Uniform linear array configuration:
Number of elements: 8
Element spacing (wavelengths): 1
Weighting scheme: binomial
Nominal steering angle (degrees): -45
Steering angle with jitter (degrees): -46.339
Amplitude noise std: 0.05
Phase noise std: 0.05

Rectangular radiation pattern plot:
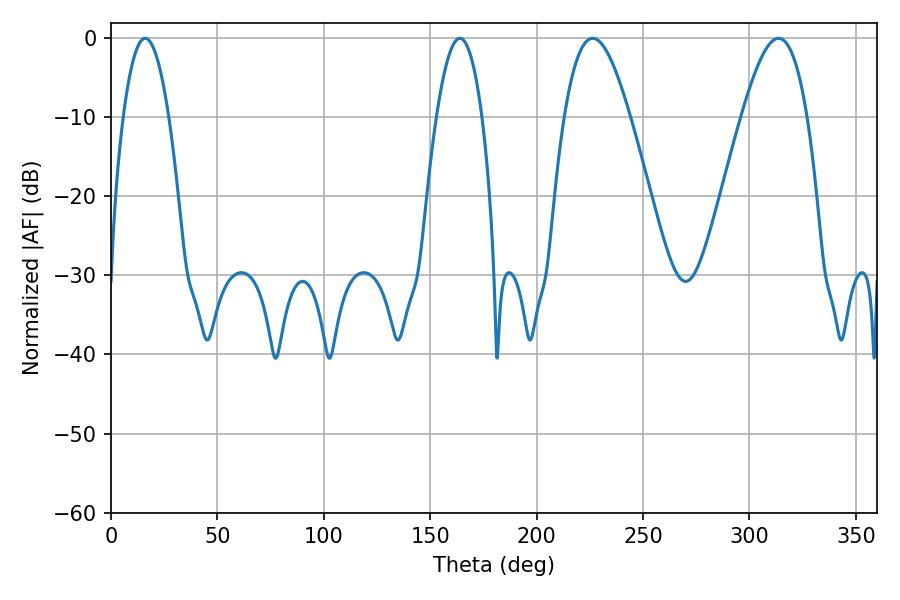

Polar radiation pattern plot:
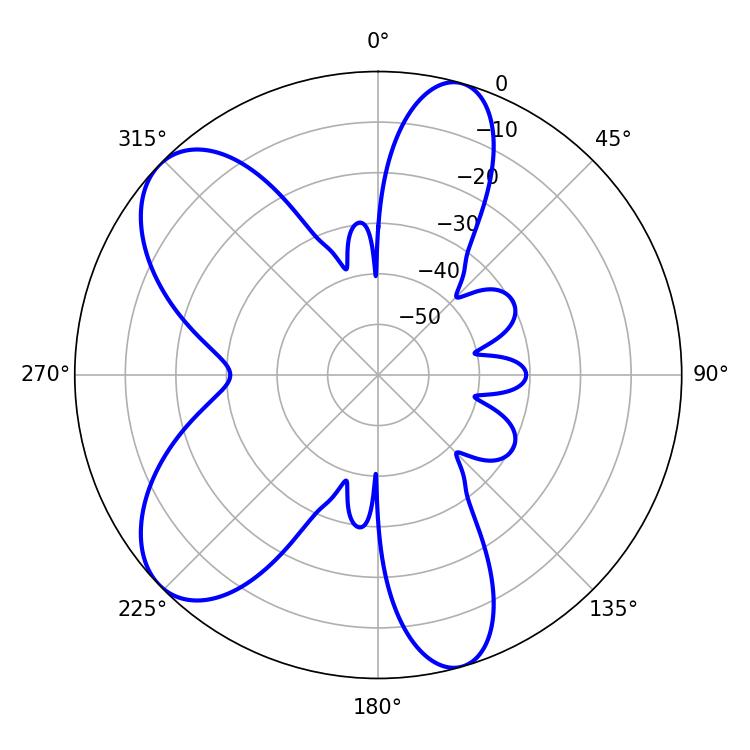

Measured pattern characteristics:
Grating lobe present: TRUE
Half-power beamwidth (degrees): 11.88
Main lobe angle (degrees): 16.02